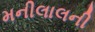
મનીલાલની